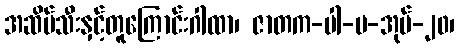
အဆိပ်သီးနှင့်တူကြောင်းဂါထာ၊ ဇာတက-ပါ-ပ-အုပ်-၂၀၊